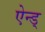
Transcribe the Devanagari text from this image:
ऐन्ड्